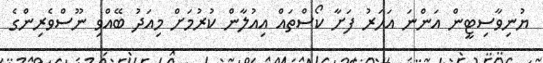
ޔުނިވާސިޓީން އަންނަ އަހަރު ފަށާ ކޯސްތައް އިއުލާން ކުރުމަށް މިއަދު ބޭއްވި ނޫސްވެރިންގެ